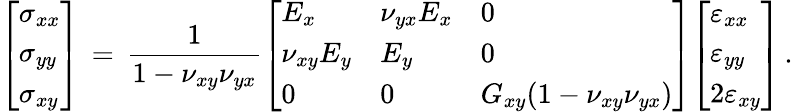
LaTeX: {\left[\begin{array}{l}{\sigma_{xx}}\\ {\sigma_{yy}}\\ {\sigma_{xy}}\end{array}\right]}\, =\, {\frac{1}{1-\nu_{xy}\nu_{yx}}}{\left[\begin{array}{lll}{E_{x}}&{\nu_{yx}E_{x}}&{0}\\ {\nu_{xy}E_{y}}&{E_{y}}&{0}\\ {0}&{0}&{G_{xy}(1-\nu_{xy}\nu_{yx})}\end{array}\right]}{\left[\begin{array}{l}{\varepsilon_{xx}}\\ {\varepsilon_{yy}}\\ {2\varepsilon_{xy}}\end{array}\right]}\, .